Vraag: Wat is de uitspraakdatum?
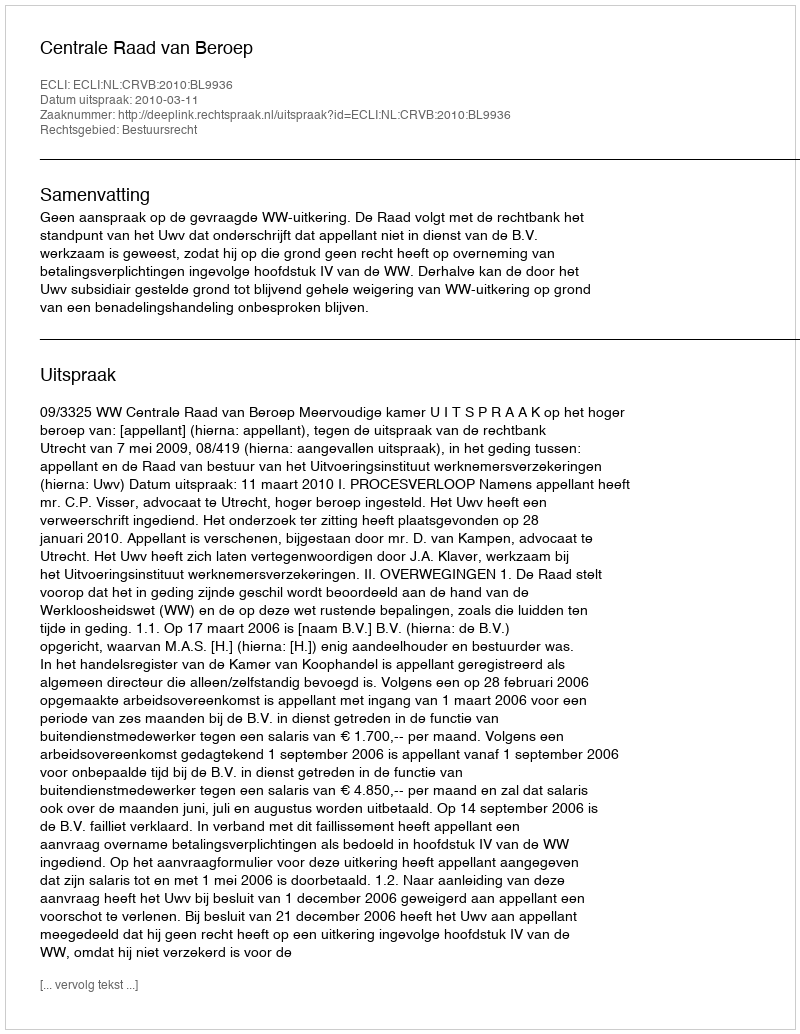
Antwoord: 2010-03-11